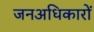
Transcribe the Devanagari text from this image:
जनअधिकारों